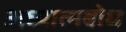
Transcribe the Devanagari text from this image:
अध्यात्मबोध